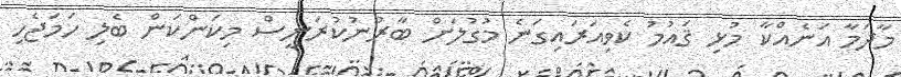
މާދަމާ އަނެއްކާ މުޅި ޤައުމު ކެވިއަރައިގަނެ މުގުލަށް ބާރުނުކުރަނީސް މިކަންކަން ބެލި ހަމަޖެހި